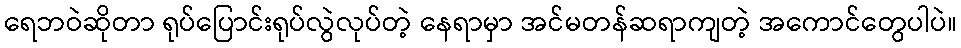
ရေဘဝဲဆိုတာ ရုပ်ပြောင်းရုပ်လွဲလုပ်တဲ့ နေရာမှာ အင်မတန်ဆရာကျတဲ့ အကောင်တွေပါပဲ။